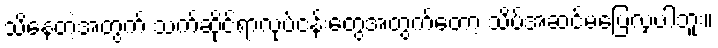
သိနေတဲ့အတွက် သက်ဆိုင်ရာလုပ်ငန်းတွေအတွက်တော့ သိပ်အဆင်မပြေလှပါဘူး။